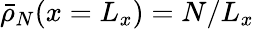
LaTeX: \bar{\rho}_{N}(x=L_{x})=N/L_{x}